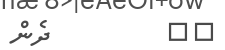
٧٢         ދެން